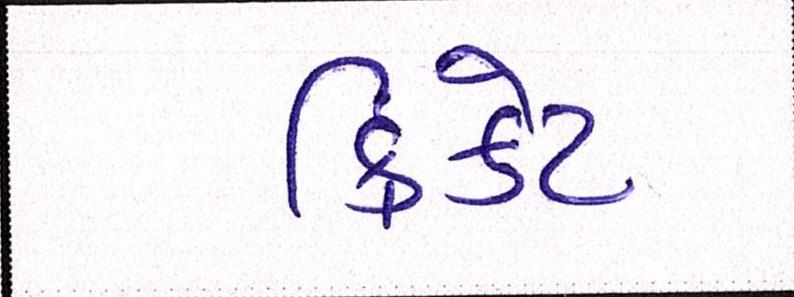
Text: ક્રિકેટ